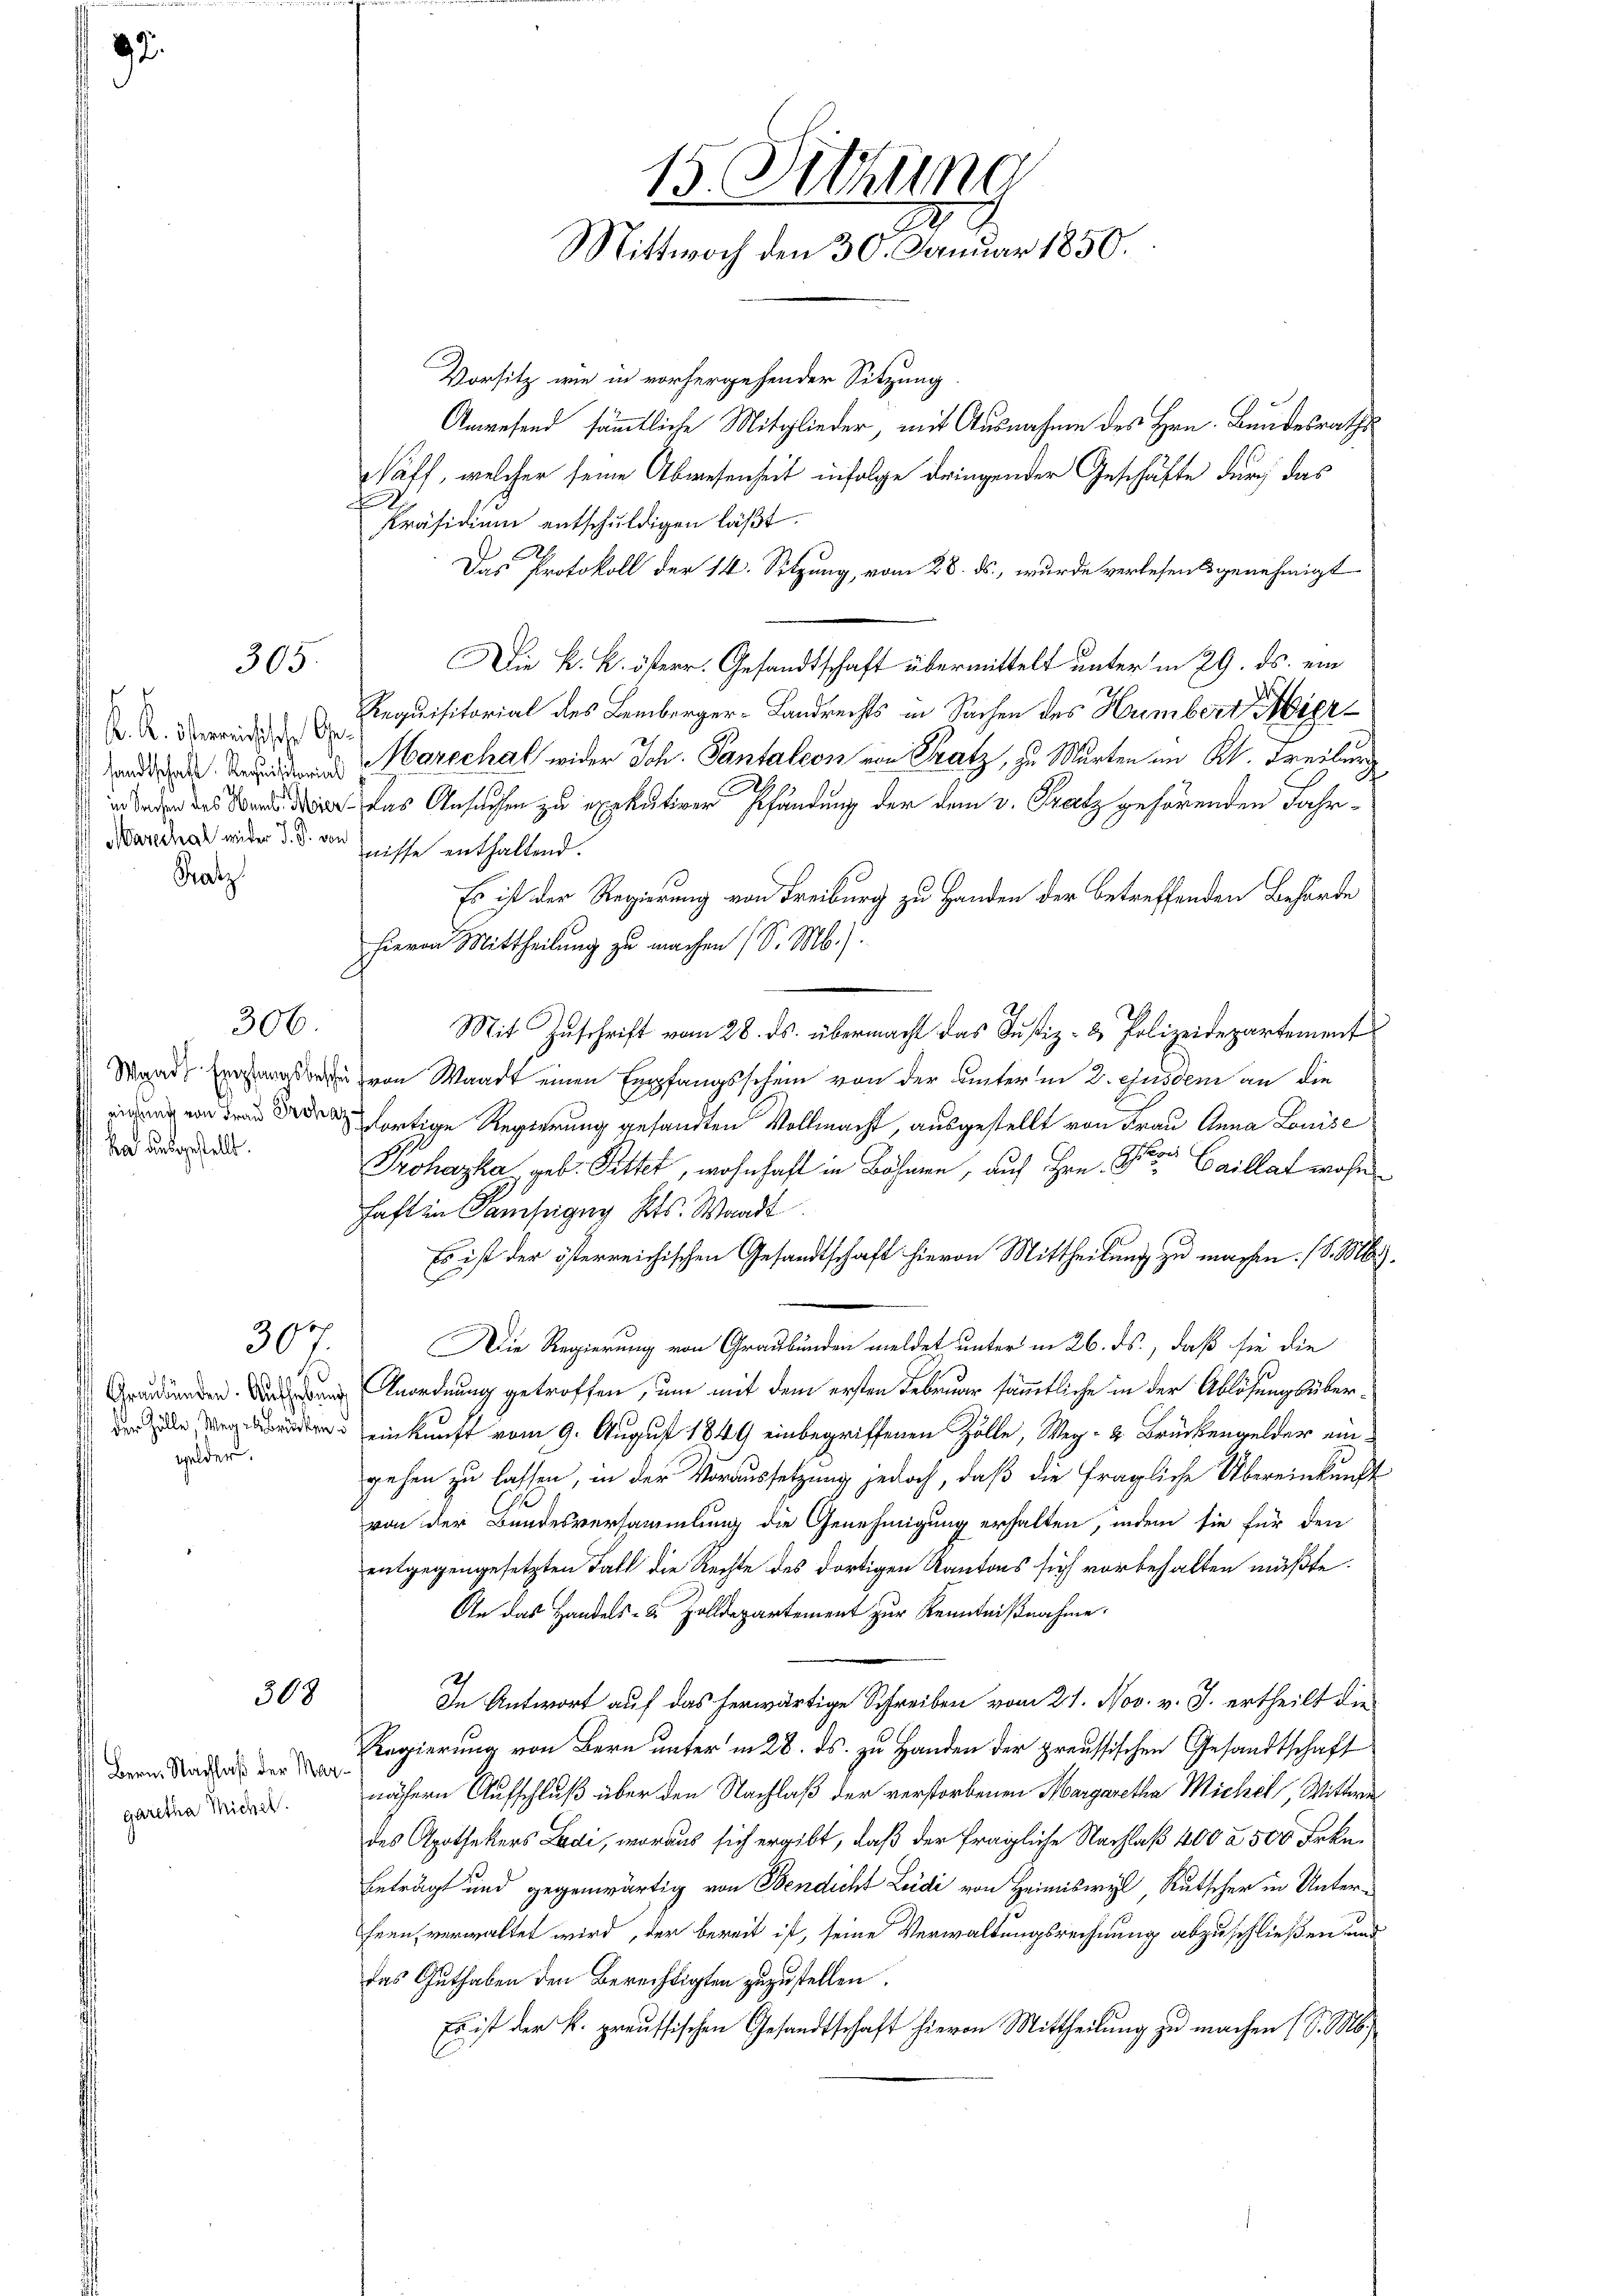
K. K. Osterreichische Ge
sandtschaft. Requisitorial
in Sachen des Hemb. Meier
Marechal wider J. J. von

Fratz

Wand Empfangsbesche
eichung von Frau Proha
ka ausgestellt.

.
Graubünden. Aufhebung
der Zölle, Weg in Brücken d
gelder.

305.

Bern. Nachlaß der Margaretha Michel.

306

39

308

Vorsitz wie in vorhergehender Sitzung
Anwesend sämmtliche Mitglieder mit Ausnahme des Hrn. Bundesraths
Naff, welcher seine Abwesenheit infolge dringender Geschäfte durch das
Präsidium entschuldigen läßt.
Das Protokoll der 14. Sitzung, vom 28. ds., wurde verlesens genehmigt
Die k. k. österr. Gesandtschaft übermittelt unter in 29. ds. ein
Requisitorial des Lemberger-Landrechts in Sachen des Humbertier¬
Marechal wider Joh. Pantaleon von Fratz, zu Murten im K. Freiburg
h
29.
Das Ansuchen zu exekutiver Pfandung der dem v. Fratz gehörenden Fahrnisse enthaltend.
Es ist der Regierung von Freiburg zu Handen der betreffenden Behörde
hievon Mittheilung zu machen (S. M.).
Mit Zuschrift vom 28. ds. übermacht das Justiz- & Polizeidepartement
von Waadt einen Empfangsschein von der unter in 2. ejusdem an die
dortige Regierung gesandten Vollmacht, ausgestellt von Frau Anna Louise
Prohaska geb. Pittet, wohnhaft in Böhmen, auch Hrn. So Caillat wohn
haft in Samsegug Kts. Waadt
Es ist der österreichischen Gesandtschaft hievon Mittheilung zu machen. (S. M.
Die Regierung von Graubünden meldet unter in 26. ds., daß sie die
Anordnung getroffen, um mit dem ersten Februar sämmtliche in der Ablösungsübereinkunft vom 9. August 1849 einbegriffenen Zölle, Weg- u Brückengelder eingehen zu lassen, in der Voraussetzung jedoch, daß die fragliche Übereinkunft
von der Bundesversammlung die Genehmigung erhalten, indem sie für den
entgegengesetzten Fall die Rechte des dortigen Kantons sich vorbehalten müßte.
An das Handels- & Zolldepartement zur Kenntnißnahme.
In Antwort auf das herwärtige Schreiben vom 21. Nov. v. J. ertheilt die
Regierung von Bern unter in 28. ds. zu Handen der preussischen Gesandtschaft
nähern Aufschluß über den Nachlaß der verstorbenen Margaretha Michel, Wittwe
des Apothekers Ladi, woraus sich ergibt, daß der fragliche Nachlaß 400 à 500 Frkn.
beträgt und gegenwärtig von Bendicht Leide von Heimiswyl, Rutscher in Unterfren, verwaltet wird, der bereit ist, seine Verwaltungsrechnung abzuschließen und
das Guthaben den Berechtigten zuzustellen.
Es ist der k. preussischen Gesandtschaft hievon Mittheilung zu machen (S. M.

15. Dechung
.
Mittwoch den 30. Januar 1850.